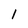
Character: l